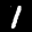
Label: 1